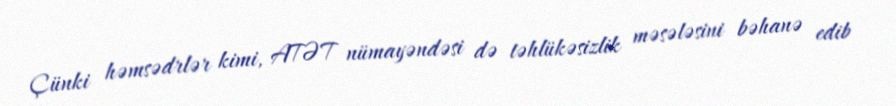
Çünki həmsədrlər kimi, ATƏT nümayəndəsi də təhlükəsizlik məsələsini bəhanə edib